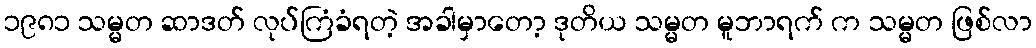
၁၉၈၁ သမ္မတ ဆာဒတ် လုပ်ကြံခံရတဲ့ အခါမှာတော့ ဒုတိယ သမ္မတ မူဘာရက် က သမ္မတ ဖြစ်လာ